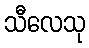
သီလေသု